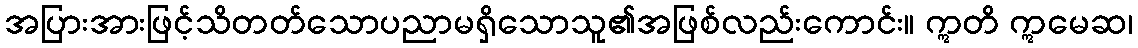
အပြားအားဖြင့်သိတတ်သောပညာမရှိသောသူ၏အဖြစ်လည်းကောင်း။ ဣတိ ဣမေဆ၊